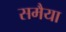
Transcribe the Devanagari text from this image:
समैया